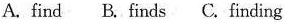
A. find B. Finds C.Finding